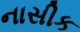
નાસીક